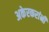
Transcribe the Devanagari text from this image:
अकेरकरांनी